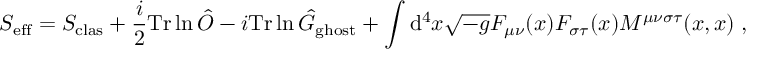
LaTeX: S _ { \mathrm { e f f } } = S _ { \mathrm { c l a s } } + \frac { i } { 2 } { \mathrm { T r } } \ln \hat { O } - i { \mathrm { T r } } \ln \hat { G } _ { \mathrm { g h o s t } } + \int \mathrm { d } ^ { 4 } x \sqrt { - g } F _ { \mu \nu } ( x ) F _ { \sigma \tau } ( x ) M ^ { \mu \nu \sigma \tau } ( x , x ) \; ,